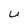
Character: U